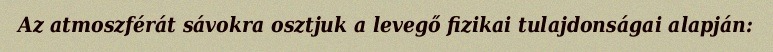
Az atmoszférát sávokra osztjuk a levegő fizikai tulajdonságai alapján: